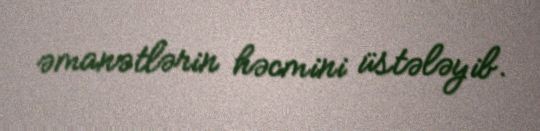
əmanətlərin həcmini üstələyib.